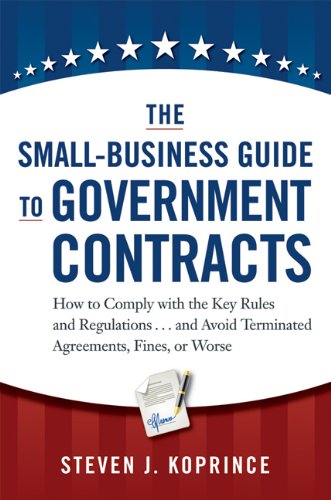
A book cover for The Small-Business Guide to Government Contracts: How to Comply with the Key Rules and Regulations . . . and Avoid Terminated Agreements, Fines, or Worse; Steven J. Koprince; Business & Money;